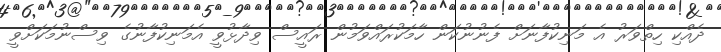
ދެއްކި ހިތްވަރު އެ މަނިކުފާނަށް ފެނުނުކަން ހާމަކުރައްވަމުން ރައީސް ވިދާޅުވީ އެމަނިކުފާނުގެ ވިސްނުމަކަށްވީ